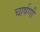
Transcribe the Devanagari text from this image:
चार्षणी